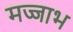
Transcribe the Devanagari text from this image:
मज्जाभ